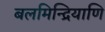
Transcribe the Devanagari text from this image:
बलमिन्द्रियाणि